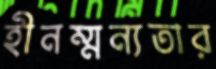
হীনম্মন্যতার